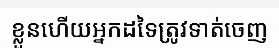
ខ្លួនហើយអ្នកដទៃត្រូវទាត់ចេញ